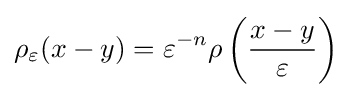
\rho _{\varepsilon }(x-y)=\varepsilon ^{-n}\rho \left({\frac {x-y}{\varepsilon }}\right)